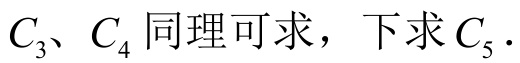
\(C_{3}、C_{4}\)同理可求，下求\(C_{5}\).